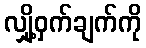
လျှို့ဝှက်ချက်ကို